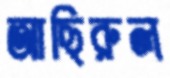
আছিরুল